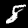
Digit: 8